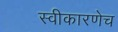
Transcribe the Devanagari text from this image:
स्वीकारणेच